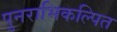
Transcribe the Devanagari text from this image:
पुनराभिकल्पित